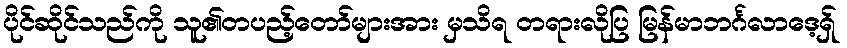
ပိုင်ဆိုင်သည်ကို သူ၏တပည့်တော်များအား မှသိရ တရားလိုပြ မြန်မာဘင်္ဂလာဒေ့ရှ်